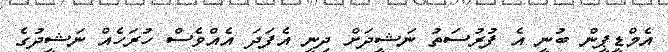
އެމްޑީޕީން ބުނީ އެ ފުރުސަތު ނަޝީދަށް ދިނީ އެފަދަ އެއްވެސް ހުރަހެއް ނަޝީދުގެ